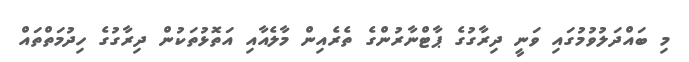
މި ބައްދަލުވުމުގައި ވަނީ ދިރާގުގެ ޕާޓްނާރުންގެ ތެރެއިން މާލެއާއި އަތޮޅުތަކުން ދިރާގުގެ ހިދުމަތްތައް